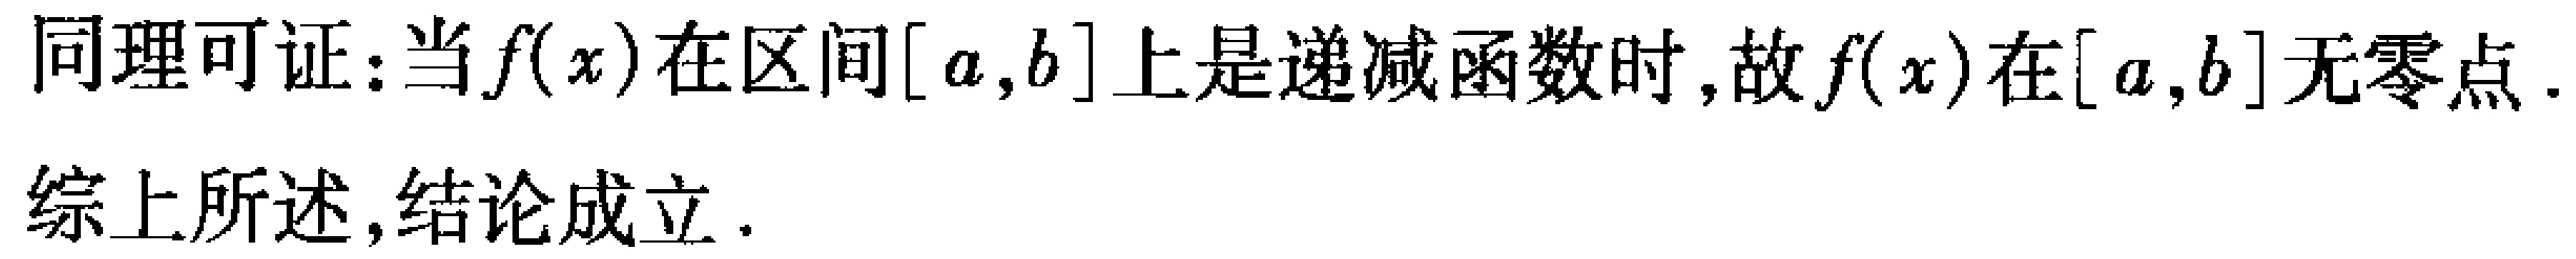
同理可证：当\(f(x)\)在区间\([a,b]\)上是递减函数时,故\(f(x)\)在\([a,b]\)无零点.

综上所述,结论成立.